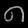
Digit: ၈